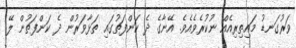
ވަރުގަނޑު މައިތިރިއެއް ނުކުރެވެއެވެ. އޭނާގެ ދެ ކަންފަތުގައި ތަޅާވަރުން ދެ ކަންފަތުން ލޭ